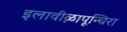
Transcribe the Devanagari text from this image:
इलावीऴापून्चिरा